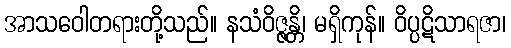
အာသဝေါတရားတို့သည်။ နသံဝိဇ္ဇန္တိ၊ မရှိကုန်။ ဝိပ္ပဋိသာရဇာ၊